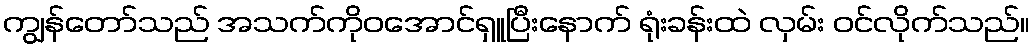
ကျွန်တော်သည် အသက်ကိုဝအောင်ရှူပြီးနောက် ရုံးခန်းထဲ လှမ်း ဝင်လိုက်သည်။